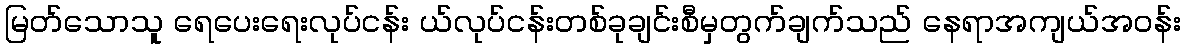
မြတ်သောသူ ရေပေးရေးလုပ်ငန်း ယ်လုပ်ငန်းတစ်ခုချင်းစီမှတွက်ချက်သည် နေရာအကျယ်အဝန်း